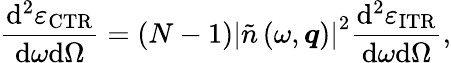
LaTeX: \frac{\mathrm{d}^{2}\varepsilon_{\mathrm{CTR}}}{\mathrm{d}\omega\mathrm{d}\Omega}=\left(N-1\right)\left|\tilde{n}\left(\omega,\boldsymbol{q}\right)\right|^{2}\frac{\mathrm{d}^{2}\varepsilon_{\mathrm{ITR}}}{\mathrm{d}\omega\mathrm{d}\Omega},